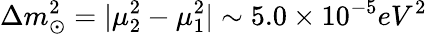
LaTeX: \Delta m_{\odot}^{2}=|\mu_{2}^{2}-\mu_{1}^{2}|\sim 5.0\times 10^{-5}eV^{2}